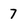
Character: 7